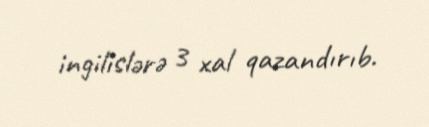
ingilislərə 3 xal qazandırıb.